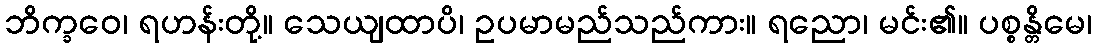
ဘိက္ခဝေ၊ ရဟန်းတို့။ သေယျထာပိ၊ ဥပမာမည်သည်ကား။ ရညော၊ မင်း၏။ ပစ္စန္တိမေ၊